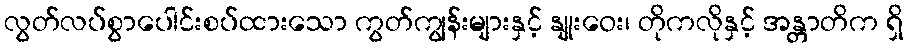
လွတ်လပ်စွာပေါင်းစပ်ထားသော ကွတ်ကျွန်းများနှင့် နျုးဝေး၊ တိုကလိုနှင့် အန္တာတိက ရှိ